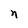
Character: n